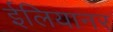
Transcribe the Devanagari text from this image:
ईलियानर